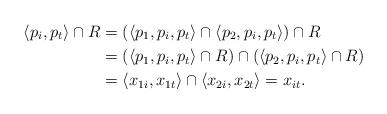
LaTeX: \begin{align*}\langle p_i,p_t\rangle \cap R&=\left( \langle p_1,p_i,p_t\rangle\cap \langle p_2,p_i,p_t\rangle\right) \cap R\\&=\left( \langle p_1,p_i,p_t\rangle\cap R\right) \cap\left( \langle p_2,p_i,p_t\rangle\cap R\right)\\&=\langle x_{1i},x_{1t}\rangle\cap \langle x_{2i},x_{2t}\rangle=x_{it}.\end{align*}